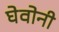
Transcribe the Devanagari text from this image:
घेवोनी